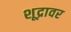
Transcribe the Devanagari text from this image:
शूद्रावर